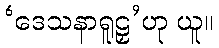
‘ဒေသနာရူဠှ’ဟု ယူ။